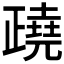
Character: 𣦥